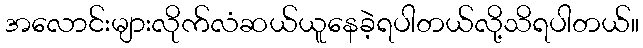
အလောင်းများလိုက်လံဆယ်ယူနေခဲ့ရပါတယ်လို့သိရပါတယ်။